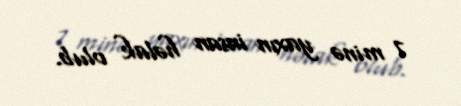
7 minə yaxın insan həlak olub.